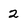
Character: 2